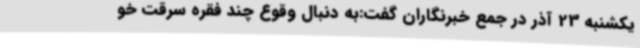
یکشنبه 23 آذر در جمع خبرنگاران گفت:به دنبال وقوع چند فقره سرقت خو